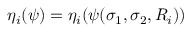
\eta _ { i } ( \psi ) = \eta _ { i } ( \psi ( \sigma _ { 1 } , \sigma _ { 2 } , R _ { i } ) )